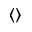
\langle \rangle